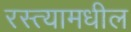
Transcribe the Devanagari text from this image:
रस्त्यामधील